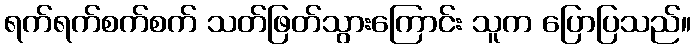
ရက်ရက်စက်စက် သတ်ဖြတ်သွားကြောင်း သူက ပြောပြသည်။